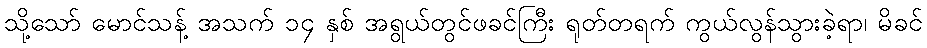
သို့သော် မောင်သန့် အသက် ၁၄ နှစ် အရွယ်တွင်ဖခင်ကြီး ရုတ်တရက် ကွယ်လွန်သွားခဲ့ရာ၊ မိခင်